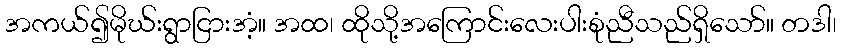
အကယ်၍မိုဃ်းရွာငြားအံ့။ အထ၊ ထိုသို့အကြောင်းလေးပါးစုံညီသည်ရှိသော်။ တဒါ၊